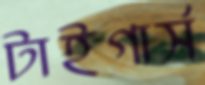
টাইগার্স